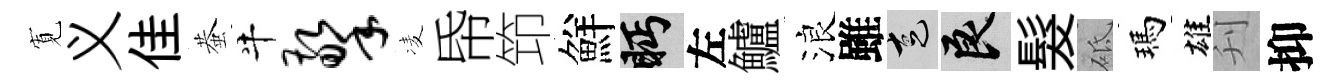
𡩖义佳蛬牛擎凌帋笻鮮眄左鱸浪雖走良髮砥瑪雄刋抑